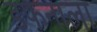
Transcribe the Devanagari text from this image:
डफनाला